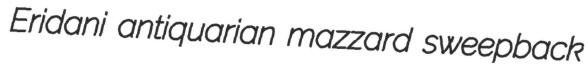
Eridani antiquarian mazzard sweepback